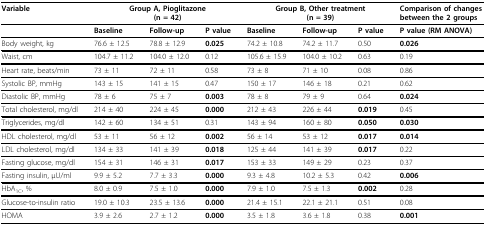
<table><thead><tr><td><b>Variable</b></td><td colspan="3"><b>Group A, Pioglitazone(n = 42)</b></td><td colspan="3"><b>Group B, Other treatment(n = 39)</b></td><td><b>Comparison of changes between the 2 groups</b></td></tr></thead><tbody><tr><td></td><td><b>Baseline</b></td><td><b>Follow-up</b></td><td><b>P value</b></td><td><b>Baseline</b></td><td><b>Follow-up</b></td><td><b>P value</b></td><td><b>P value (RM ANOVA)</b></td></tr><tr><td>Body weight, kg</td><td>76.6 ± 12.5</td><td>78.8 ± 12.9</td><td><b>0.025</b></td><td>74.2 ± 10.8</td><td>74.2 ± 11.7</td><td>0.50</td><td><b>0.026</b></td></tr><tr><td>Waist, cm</td><td>104.7 ± 11.2</td><td>104.0 ± 12.0</td><td>0.12</td><td>105.6 ± 15.9</td><td>104.0 ± 10.2</td><td>0.63</td><td>0.19</td></tr><tr><td>Heart rate, beats/min</td><td>73 ± 11</td><td>72 ± 11</td><td>0.58</td><td>73 ± 8</td><td>71 ± 10</td><td>0.08</td><td>0.86</td></tr><tr><td>Systolic BP, mmHg</td><td>143 ± 15</td><td>141 ± 15</td><td>0.47</td><td>150 ± 17</td><td>146 ± 18</td><td>0.21</td><td>0.62</td></tr><tr><td>Diastolic BP, mmHg</td><td>78 ± 6</td><td>75 ± 7</td><td><b>0.003</b></td><td>78 ± 8</td><td>79 ± 9</td><td>0.64</td><td><b>0.024</b></td></tr><tr><td>Total cholesterol, mg/dl</td><td>214 ± 40</td><td>224 ± 45</td><td><b>0.000</b></td><td>212 ± 43</td><td>226 ± 44</td><td><b>0.019</b></td><td>0.45</td></tr><tr><td>Triglycerides, mg/dl</td><td>142 ± 60</td><td>134 ± 51</td><td>0.31</td><td>143 ± 94</td><td>160 ± 80</td><td><b>0.050</b></td><td><b>0.030</b></td></tr><tr><td>HDL cholesterol, mg/dl</td><td>53 ± 11</td><td>56 ± 12</td><td><b>0.002</b></td><td>56 ± 14</td><td>53 ± 12</td><td><b>0.017</b></td><td><b>0.014</b></td></tr><tr><td>LDL cholesterol, mg/dl</td><td>134 ± 33</td><td>141 ± 39</td><td><b>0.018</b></td><td>125 ± 44</td><td>141 ± 39</td><td><b>0.017</b></td><td>0.22</td></tr><tr><td>Fasting glucose, mg/dl</td><td>154 ± 31</td><td>146 ± 31</td><td><b>0.017</b></td><td>153 ± 33</td><td>149 ± 29</td><td>0.23</td><td>0.37</td></tr><tr><td>Fasting insulin, μU/ml</td><td>9.9 ± 5.2</td><td>7.7 ± 3.3</td><td><b>0.000</b></td><td>9.3 ± 4.8</td><td>10.2 ± 5.3</td><td>0.42</td><td><b>0.006</b></td></tr><tr><td>HbA<sub>1C</sub>, %</td><td>8.0 ± 0.9</td><td>7.5 ± 1.0</td><td><b>0.000</b></td><td>7.9 ± 1.0</td><td>7.5 ± 1.3</td><td><b>0.002</b></td><td>0.28</td></tr><tr><td>Glucose-to-insulin ratio</td><td>19.0 ± 10.3</td><td>23.5 ± 13.6</td><td><b>0.000</b></td><td>21.4 ± 15.1</td><td>22.1 ± 21.1</td><td>0.51</td><td>0.08</td></tr><tr><td>HOMA</td><td>3.9 ± 2.6</td><td>2.7 ± 1.2</td><td><b>0.000</b></td><td>3.5 ± 1.8</td><td>3.6 ± 1.8</td><td>0.38</td><td><b>0.001</b></td></tr></tbody></table>